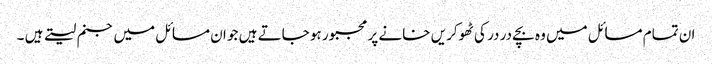
ان تمام مسائل میں وہ بچے در در کی ٹھوکریں خانے پر مجبور ہو جاتے ہیں جو ان مسائل میں جنم لیتے ہیں ۔